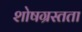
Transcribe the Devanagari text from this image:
शोषग्रस्तता